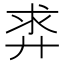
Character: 𪪵